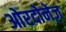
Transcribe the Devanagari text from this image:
ओरदोनेज़